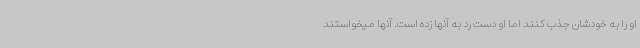
او را به خودشان جذب کنند اما او دست رد به آنها زده است. آنها میخواستند